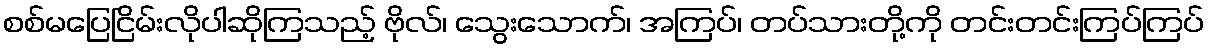
စစ်မပြေငြိမ်းလိုပါဆိုကြသည့် ဗိုလ်၊ သွေးသောက်၊ အကြပ်၊ တပ်သားတို့ကို တင်းတင်းကြပ်ကြပ်